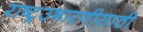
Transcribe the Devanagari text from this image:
राष्ट्रउभारणीसाठी